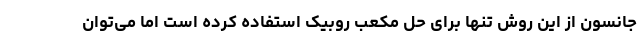
جانسون از این روش تنها برای حل مکعب روبیک استفاده کرده است اما می‌توان